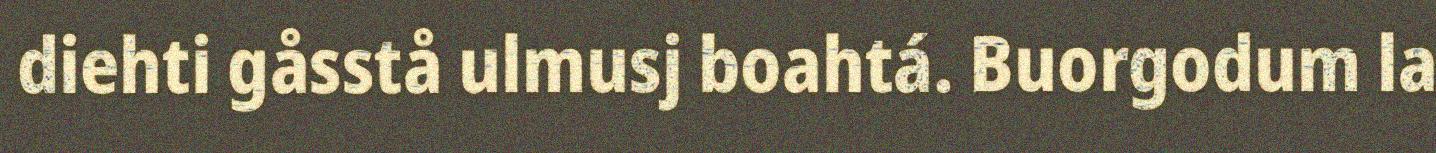
diehti gåsstå ulmusj boahtá. Buorgodum la